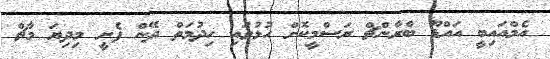
އެމްއައިބީ އައްޑޫ ބްރާންޗް ރަސްމީކޮށް ހުޅުވައި ހިދުމަތް ދޭން ފެށީ މިދިޔަ މާޗް